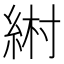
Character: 𦀹